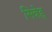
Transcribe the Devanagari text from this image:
सिन्नेह